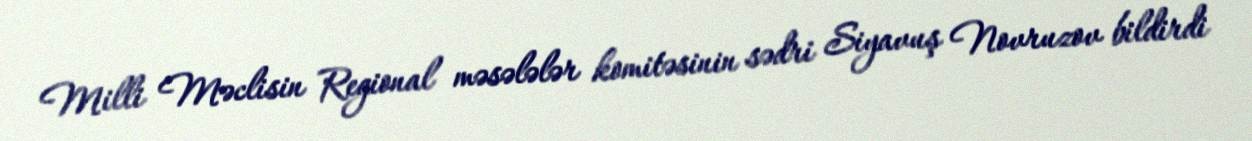
Milli Məclisin Regional məsələlər komitəsinin sədri Siyavuş Novruzov bildirdi